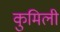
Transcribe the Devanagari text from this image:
कुमिली